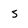
Character: s